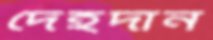
দেহদান